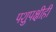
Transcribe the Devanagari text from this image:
पशुपक्षीही